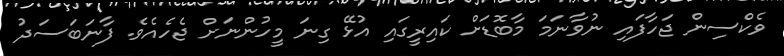
ވެކްސިން ޖަހާފައި ނުވާނަމަ މާބޮޑަށް ކައިރީގައި އުޅޭ ގިނަ މީހުންނަށް ޖެހެއެވެ. ފާނަބަސަދު